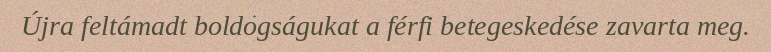
Újra feltámadt boldogságukat a férfi betegeskedése zavarta meg.